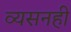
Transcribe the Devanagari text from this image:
व्यसनही